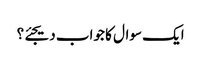
ایک سوال کا جواب دیجئے؟